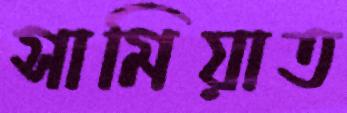
সামিয়াত